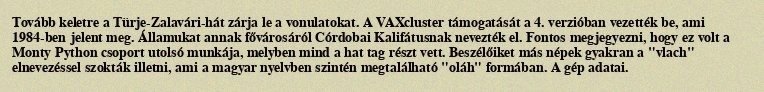
Tovább keletre a Türje-Zalavári-hát zárja le a vonulatokat. A VAXcluster támogatását a 4. verzióban vezették be, ami 1984-ben jelent meg. Államukat annak fővárosáról Córdobai Kalifátusnak nevezték el. Fontos megjegyezni, hogy ez volt a Monty Python csoport utolsó munkája, melyben mind a hat tag részt vett. Beszélőiket más népek gyakran a "vlach" elnevezéssel szokták illetni, ami a magyar nyelvben szintén megtalálható "oláh" formában. A gép adatai.